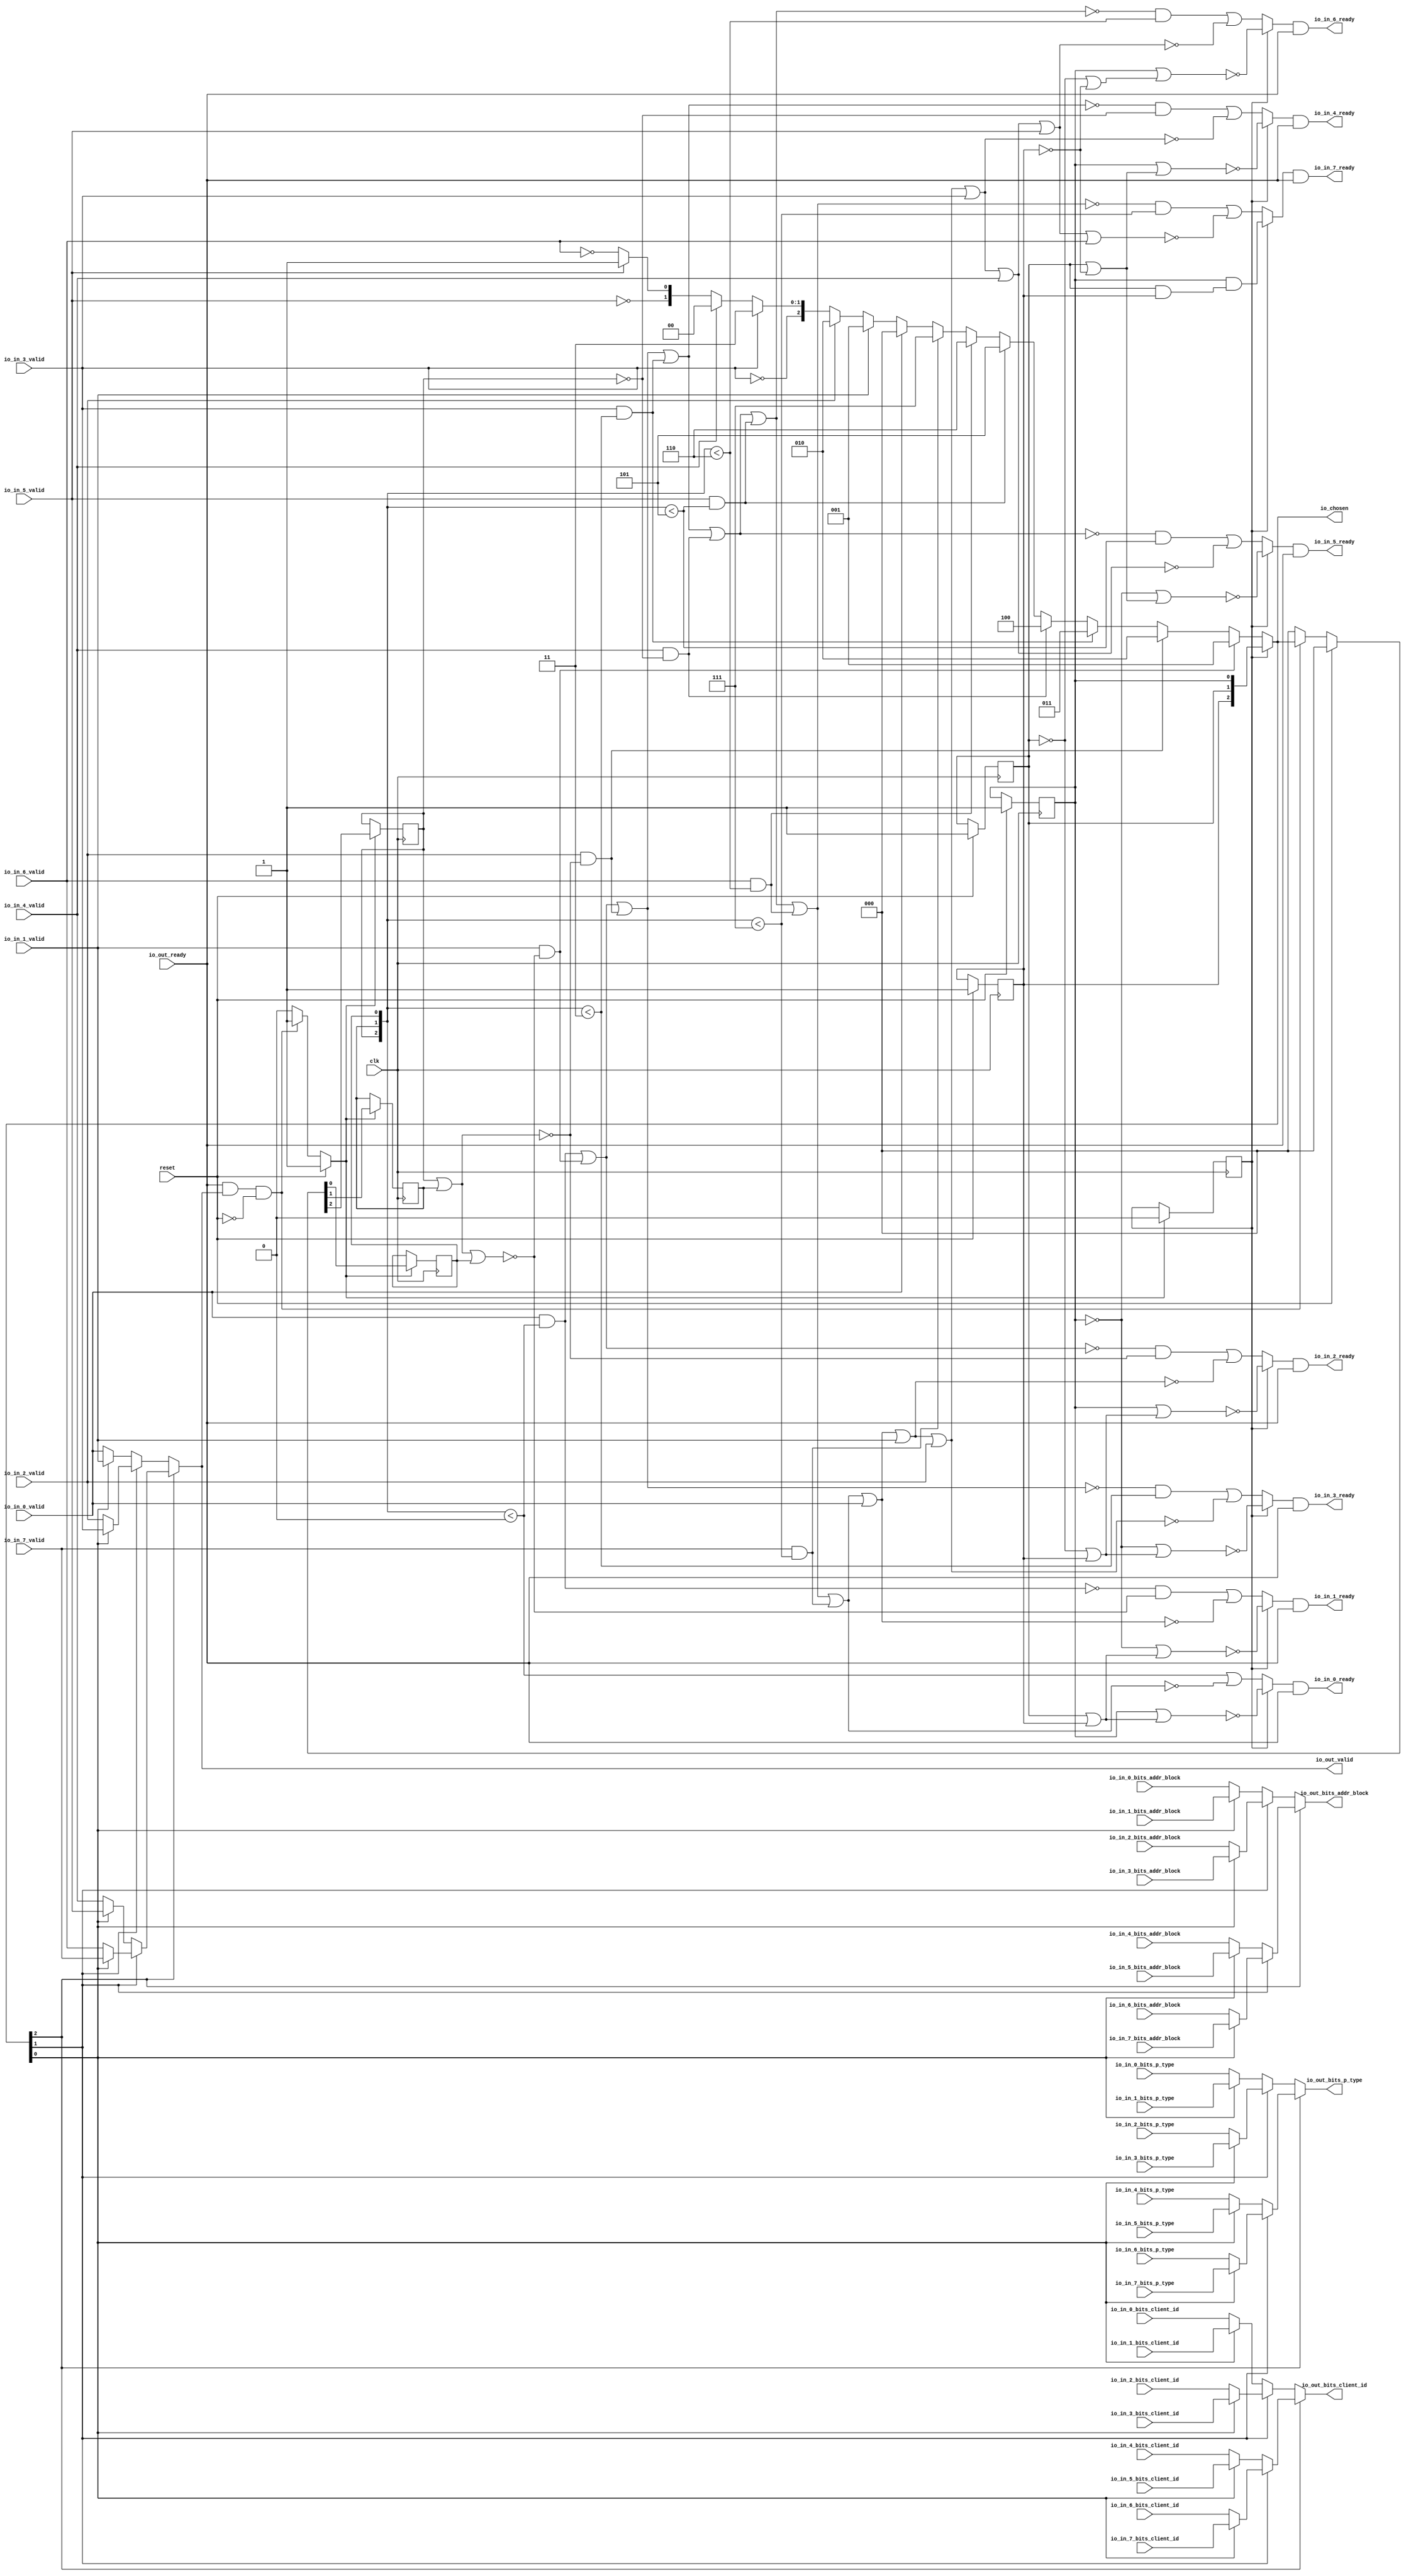
// This program was cloned from: https://github.com/NYU-MLDA/OpenABC
// License: BSD 3-Clause "New" or "Revised" License

module LockingRRArbiter_3
(
  clk,
  reset,
  io_in_7_ready,
  io_in_7_valid,
  io_in_7_bits_addr_block,
  io_in_7_bits_p_type,
  io_in_7_bits_client_id,
  io_in_6_ready,
  io_in_6_valid,
  io_in_6_bits_addr_block,
  io_in_6_bits_p_type,
  io_in_6_bits_client_id,
  io_in_5_ready,
  io_in_5_valid,
  io_in_5_bits_addr_block,
  io_in_5_bits_p_type,
  io_in_5_bits_client_id,
  io_in_4_ready,
  io_in_4_valid,
  io_in_4_bits_addr_block,
  io_in_4_bits_p_type,
  io_in_4_bits_client_id,
  io_in_3_ready,
  io_in_3_valid,
  io_in_3_bits_addr_block,
  io_in_3_bits_p_type,
  io_in_3_bits_client_id,
  io_in_2_ready,
  io_in_2_valid,
  io_in_2_bits_addr_block,
  io_in_2_bits_p_type,
  io_in_2_bits_client_id,
  io_in_1_ready,
  io_in_1_valid,
  io_in_1_bits_addr_block,
  io_in_1_bits_p_type,
  io_in_1_bits_client_id,
  io_in_0_ready,
  io_in_0_valid,
  io_in_0_bits_addr_block,
  io_in_0_bits_p_type,
  io_in_0_bits_client_id,
  io_out_ready,
  io_out_valid,
  io_out_bits_addr_block,
  io_out_bits_p_type,
  io_out_bits_client_id,
  io_chosen
);

  input [25:0] io_in_7_bits_addr_block;
  input [1:0] io_in_7_bits_p_type;
  input [1:0] io_in_7_bits_client_id;
  input [25:0] io_in_6_bits_addr_block;
  input [1:0] io_in_6_bits_p_type;
  input [1:0] io_in_6_bits_client_id;
  input [25:0] io_in_5_bits_addr_block;
  input [1:0] io_in_5_bits_p_type;
  input [1:0] io_in_5_bits_client_id;
  input [25:0] io_in_4_bits_addr_block;
  input [1:0] io_in_4_bits_p_type;
  input [1:0] io_in_4_bits_client_id;
  input [25:0] io_in_3_bits_addr_block;
  input [1:0] io_in_3_bits_p_type;
  input [1:0] io_in_3_bits_client_id;
  input [25:0] io_in_2_bits_addr_block;
  input [1:0] io_in_2_bits_p_type;
  input [1:0] io_in_2_bits_client_id;
  input [25:0] io_in_1_bits_addr_block;
  input [1:0] io_in_1_bits_p_type;
  input [1:0] io_in_1_bits_client_id;
  input [25:0] io_in_0_bits_addr_block;
  input [1:0] io_in_0_bits_p_type;
  input [1:0] io_in_0_bits_client_id;
  output [25:0] io_out_bits_addr_block;
  output [1:0] io_out_bits_p_type;
  output [1:0] io_out_bits_client_id;
  output [2:0] io_chosen;
  input clk;
  input reset;
  input io_in_7_valid;
  input io_in_6_valid;
  input io_in_5_valid;
  input io_in_4_valid;
  input io_in_3_valid;
  input io_in_2_valid;
  input io_in_1_valid;
  input io_in_0_valid;
  input io_out_ready;
  output io_in_7_ready;
  output io_in_6_ready;
  output io_in_5_ready;
  output io_in_4_ready;
  output io_in_3_ready;
  output io_in_2_ready;
  output io_in_1_ready;
  output io_in_0_ready;
  output io_out_valid;
  wire [25:0] io_out_bits_addr_block,T68,T62,T65,T63,T71,T69;
  wire [1:0] io_out_bits_p_type,io_out_bits_client_id,T11,T12,T40,T33,T37,T34,T43,T41,T54,
  T48,T51,T49,T57,T55;
  wire [2:0] io_chosen,choose,T1,T2,T3,T4,T5,T6,T7,T8,T9,T10;
  wire io_in_7_ready,io_in_6_ready,io_in_5_ready,io_in_4_ready,io_in_3_ready,
  io_in_2_ready,io_in_1_ready,io_in_0_ready,io_out_valid,N0,N1,N2,N3,N4,N5,N6,N7,N8,N9,N10,
  N11,N12,N13,N14,N15,N16,N17,N18,N19,N20,N21,N22,N23,N24,N25,N26,N27,N28,N29,N30,
  N31,N32,N33,N34,N35,T28,N36,T26,N37,T24,N38,T22,N39,T20,N40,T18,N41,T14,N42,N43,
  N44,N45,N46,N47,N48,N49,T15,T17,T19,T21,T23,T25,T27,T29,T31,N50,N51,N52,T82,T76,
  T79,T77,T85,T83,T90,T91,T116,T92,T93,T96,T94,T95,T99,T97,T98,T102,T100,T101,T105,
  T103,T104,T108,T106,T107,T111,T109,T110,T114,T112,T113,T115,T119,T120,T130,T121,
  T122,T123,T124,T125,T126,T127,T128,T129,T132,T131,T135,T136,T147,T137,T138,T139,
  T140,T141,T142,T143,T144,T145,T146,T149,T148,T150,T153,T154,T166,T155,T156,T157,
  T158,T159,T160,T161,T162,T163,T164,T165,T168,T167,T169,T170,T173,T174,T187,T175,
  T176,T177,T178,T179,T180,T181,T182,T183,T184,T185,T186,T189,T188,T190,T191,T192,
  T195,T196,T210,T197,T198,T199,T200,T201,T202,T203,T204,T205,T206,T207,T208,T209,
  T212,T211,T213,T214,T215,T216,T219,T220,T235,T221,T222,T223,T224,T225,T226,T227,
  T228,T229,T230,T231,T232,T233,T234,T237,T236,T238,T239,T240,T241,T242,T245,T246,
  T262,T247,T248,T249,T250,T251,T252,T253,T254,T255,T256,T257,T258,T259,T260,T261,
  T264,T263,T265,T266,T267,T268,T269,T270,N53,N54,N55,N56,N57,N58,N59,N60,N61,N62,
  N63,N64,N65,N66,N67,N68,N69,N70,N71,N72,N73,N74,N75,N76,N77,N78,N79,N80,N81,N82,
  N83,N84,N85,N86,N87,N88,N89,N90,N91,N92,N93,N94,N95,N96,N97,N98,N99;
  wire [0:0] T13;
  reg [2:0] last_grant,lockIdx;
  reg locked;
  assign T15 = last_grant < { 1'b1, 1'b1, 1'b1 };
  assign T19 = last_grant < { 1'b1, 1'b1, 1'b0 };
  assign T21 = last_grant < { 1'b1, 1'b0, 1'b1 };
  assign T25 = last_grant < { 1'b1, 1'b1 };
  assign T95 = last_grant < { 1'b1, 1'b1, 1'b1 };
  assign T98 = last_grant < { 1'b1, 1'b1, 1'b0 };
  assign T101 = last_grant < { 1'b1, 1'b0, 1'b1 };
  assign T107 = last_grant < { 1'b1, 1'b1 };
  assign T115 = last_grant < 1'b0;
  assign T116 = last_grant < 1'b0;
  assign T167 = last_grant < { 1'b1, 1'b1 };
  assign T211 = last_grant < { 1'b1, 1'b0, 1'b1 };
  assign T236 = last_grant < { 1'b1, 1'b1, 1'b0 };
  assign T263 = last_grant < { 1'b1, 1'b1, 1'b1 };

  always @(posedge clk) begin
    if(N55) begin
      last_grant[2] <= N58;
    end 
  end


  always @(posedge clk) begin
    if(N55) begin
      last_grant[1] <= N57;
    end 
  end


  always @(posedge clk) begin
    if(N55) begin
      last_grant[0] <= N56;
    end 
  end


  always @(posedge clk) begin
    if(reset) begin
      lockIdx[2] <= 1'b1;
    end 
  end


  always @(posedge clk) begin
    if(reset) begin
      lockIdx[1] <= 1'b1;
    end 
  end


  always @(posedge clk) begin
    if(reset) begin
      lockIdx[0] <= 1'b1;
    end 
  end


  always @(posedge clk) begin
    if(N61) begin
      locked <= 1'b0;
    end 
  end

  assign N65 = lockIdx[1] & lockIdx[2];
  assign N66 = lockIdx[0] & N65;
  assign N67 = ~lockIdx[2];
  assign N68 = ~lockIdx[1];
  assign N69 = N68 | N67;
  assign N70 = lockIdx[0] | N69;
  assign N71 = ~N70;
  assign N72 = ~lockIdx[0];
  assign N73 = lockIdx[1] | N67;
  assign N74 = N72 | N73;
  assign N75 = ~N74;
  assign N76 = lockIdx[1] | N67;
  assign N77 = lockIdx[0] | N76;
  assign N78 = ~N77;
  assign N79 = N68 | lockIdx[2];
  assign N80 = N72 | N79;
  assign N81 = ~N80;
  assign N82 = N68 | lockIdx[2];
  assign N83 = lockIdx[0] | N82;
  assign N84 = ~N83;
  assign N85 = lockIdx[1] | lockIdx[2];
  assign N86 = N72 | N85;
  assign N87 = ~N86;
  assign N88 = lockIdx[1] | lockIdx[2];
  assign N89 = lockIdx[0] | N88;
  assign N90 = ~N89;
  assign io_chosen = (N0)? lockIdx : 
                     (N1)? choose : 1'b0;
  assign N0 = locked;
  assign N1 = N35;
  assign choose = (N2)? { 1'b0, 1'b0, 1'b1 } : 
                  (N3)? T1 : 1'b0;
  assign N2 = T28;
  assign N3 = N36;
  assign T1 = (N4)? { 1'b0, 1'b1, 1'b0 } : 
              (N5)? T2 : 1'b0;
  assign N4 = T26;
  assign N5 = N37;
  assign T2 = (N6)? { 1'b0, 1'b1, 1'b1 } : 
              (N7)? T3 : 1'b0;
  assign N6 = T24;
  assign N7 = N38;
  assign T3 = (N8)? { 1'b1, 1'b0, 1'b0 } : 
              (N9)? T4 : 1'b0;
  assign N8 = T22;
  assign N9 = N39;
  assign T4 = (N10)? { 1'b1, 1'b0, 1'b1 } : 
              (N11)? T5 : 1'b0;
  assign N10 = T20;
  assign N11 = N40;
  assign T5 = (N12)? { 1'b1, 1'b1, 1'b0 } : 
              (N13)? T6 : 1'b0;
  assign N12 = T18;
  assign N13 = N41;
  assign T6 = (N14)? { 1'b1, 1'b1, 1'b1 } : 
              (N15)? T7 : 1'b0;
  assign N14 = T14;
  assign N15 = N42;
  assign T7 = (N16)? { 1'b0, 1'b0, 1'b0 } : 
              (N17)? T8 : 1'b0;
  assign N16 = io_in_0_valid;
  assign N17 = N43;
  assign T8 = (N18)? { 1'b0, 1'b0, 1'b1 } : 
              (N19)? T9 : 1'b0;
  assign N18 = io_in_1_valid;
  assign N19 = N44;
  assign T9 = (N20)? { 1'b0, 1'b1, 1'b0 } : 
              (N21)? T10 : 1'b0;
  assign N20 = io_in_2_valid;
  assign N21 = N45;
  assign T10[1:0] = (N22)? { 1'b1, 1'b1 } : 
                    (N23)? T11 : 1'b0;
  assign N22 = io_in_3_valid;
  assign N23 = T10[2];
  assign T11 = (N24)? { 1'b0, 1'b0 } : 
               (N25)? T12 : 1'b0;
  assign N24 = io_in_4_valid;
  assign N25 = N47;
  assign T12[0] = (N26)? 1'b1 : 
                  (N27)? T13[0] : 1'b0;
  assign N26 = io_in_5_valid;
  assign N27 = T12[1];
  assign io_out_bits_client_id = (N28)? T40 : 
                                 (N29)? T33 : 1'b0;
  assign N28 = io_chosen[2];
  assign N29 = N50;
  assign T33 = (N30)? T37 : 
               (N31)? T34 : 1'b0;
  assign N30 = io_chosen[1];
  assign N31 = N51;
  assign T34 = (N32)? io_in_1_bits_client_id : 
               (N33)? io_in_0_bits_client_id : 1'b0;
  assign N32 = io_chosen[0];
  assign N33 = N52;
  assign T37 = (N32)? io_in_3_bits_client_id : 
               (N33)? io_in_2_bits_client_id : 1'b0;
  assign T40 = (N30)? T43 : 
               (N31)? T41 : 1'b0;
  assign T41 = (N32)? io_in_5_bits_client_id : 
               (N33)? io_in_4_bits_client_id : 1'b0;
  assign T43 = (N32)? io_in_7_bits_client_id : 
               (N33)? io_in_6_bits_client_id : 1'b0;
  assign io_out_bits_p_type = (N28)? T54 : 
                              (N29)? T48 : 1'b0;
  assign T48 = (N30)? T51 : 
               (N31)? T49 : 1'b0;
  assign T49 = (N32)? io_in_1_bits_p_type : 
               (N33)? io_in_0_bits_p_type : 1'b0;
  assign T51 = (N32)? io_in_3_bits_p_type : 
               (N33)? io_in_2_bits_p_type : 1'b0;
  assign T54 = (N30)? T57 : 
               (N31)? T55 : 1'b0;
  assign T55 = (N32)? io_in_5_bits_p_type : 
               (N33)? io_in_4_bits_p_type : 1'b0;
  assign T57 = (N32)? io_in_7_bits_p_type : 
               (N33)? io_in_6_bits_p_type : 1'b0;
  assign io_out_bits_addr_block = (N28)? T68 : 
                                  (N29)? T62 : 1'b0;
  assign T62 = (N30)? T65 : 
               (N31)? T63 : 1'b0;
  assign T63 = (N32)? io_in_1_bits_addr_block : 
               (N33)? io_in_0_bits_addr_block : 1'b0;
  assign T65 = (N32)? io_in_3_bits_addr_block : 
               (N33)? io_in_2_bits_addr_block : 1'b0;
  assign T68 = (N30)? T71 : 
               (N31)? T69 : 1'b0;
  assign T69 = (N32)? io_in_5_bits_addr_block : 
               (N33)? io_in_4_bits_addr_block : 1'b0;
  assign T71 = (N32)? io_in_7_bits_addr_block : 
               (N33)? io_in_6_bits_addr_block : 1'b0;
  assign io_out_valid = (N28)? T82 : 
                        (N29)? T76 : 1'b0;
  assign T76 = (N30)? T79 : 
               (N31)? T77 : 1'b0;
  assign T77 = (N32)? io_in_1_valid : 
               (N33)? io_in_0_valid : 1'b0;
  assign T79 = (N32)? io_in_3_valid : 
               (N33)? io_in_2_valid : 1'b0;
  assign T82 = (N30)? T85 : 
               (N31)? T83 : 1'b0;
  assign T83 = (N32)? io_in_5_valid : 
               (N33)? io_in_4_valid : 1'b0;
  assign T85 = (N32)? io_in_7_valid : 
               (N33)? io_in_6_valid : 1'b0;
  assign T90 = (N0)? N90 : 
               (N1)? T91 : 1'b0;
  assign T119 = (N0)? N87 : 
                (N1)? T120 : 1'b0;
  assign T135 = (N0)? N84 : 
                (N1)? T136 : 1'b0;
  assign T153 = (N0)? N81 : 
                (N1)? T154 : 1'b0;
  assign T173 = (N0)? N78 : 
                (N1)? T174 : 1'b0;
  assign T195 = (N0)? N75 : 
                (N1)? T196 : 1'b0;
  assign T219 = (N0)? N71 : 
                (N1)? T220 : 1'b0;
  assign T245 = (N0)? N66 : 
                (N1)? T246 : 1'b0;
  assign N55 = (N34)? 1'b1 : 
               (N63)? 1'b1 : 
               (N54)? 1'b0 : 1'b0;
  assign N34 = reset;
  assign { N58, N57, N56 } = (N34)? { 1'b0, 1'b0, 1'b0 } : 
                             (N63)? io_chosen : 1'b0;
  assign N61 = (N34)? 1'b1 : 
               (N64)? 1'b1 : 
               (N60)? 1'b0 : 1'b0;
  assign N35 = ~locked;
  assign N36 = ~T28;
  assign N37 = ~T26;
  assign N38 = ~T24;
  assign N39 = ~T22;
  assign N40 = ~T20;
  assign N41 = ~T18;
  assign N42 = ~T14;
  assign N43 = ~io_in_0_valid;
  assign N44 = ~io_in_1_valid;
  assign N45 = ~io_in_2_valid;
  assign N46 = ~io_in_3_valid;
  assign T10[2] = N46;
  assign N47 = ~io_in_4_valid;
  assign N48 = ~io_in_5_valid;
  assign T12[1] = N48;
  assign N49 = ~io_in_6_valid;
  assign T13[0] = N49;
  assign T14 = io_in_7_valid & T15;
  assign T17 = io_out_ready & io_out_valid;
  assign T18 = io_in_6_valid & T19;
  assign T20 = io_in_5_valid & T21;
  assign T22 = io_in_4_valid & T23;
  assign T23 = ~last_grant[2];
  assign T24 = io_in_3_valid & T25;
  assign T26 = io_in_2_valid & T27;
  assign T27 = ~N91;
  assign N91 = last_grant[2] | last_grant[1];
  assign T28 = io_in_1_valid & T29;
  assign T29 = ~N93;
  assign N93 = N92 | last_grant[0];
  assign N92 = last_grant[2] | last_grant[1];
  assign T31 = io_out_valid & io_out_ready;
  assign N50 = ~io_chosen[2];
  assign N51 = ~io_chosen[1];
  assign N52 = ~io_chosen[0];
  assign io_in_0_ready = T90 & io_out_ready;
  assign T91 = T116 | T92;
  assign T92 = ~T93;
  assign T93 = T96 | T94;
  assign T94 = io_in_7_valid & T95;
  assign T96 = T99 | T97;
  assign T97 = io_in_6_valid & T98;
  assign T99 = T102 | T100;
  assign T100 = io_in_5_valid & T101;
  assign T102 = T105 | T103;
  assign T103 = io_in_4_valid & T104;
  assign T104 = ~last_grant[2];
  assign T105 = T108 | T106;
  assign T106 = io_in_3_valid & T107;
  assign T108 = T111 | T109;
  assign T109 = io_in_2_valid & T110;
  assign T110 = ~N94;
  assign N94 = last_grant[2] | last_grant[1];
  assign T111 = T114 | T112;
  assign T112 = io_in_1_valid & T113;
  assign T113 = ~N96;
  assign N96 = N95 | last_grant[0];
  assign N95 = last_grant[2] | last_grant[1];
  assign T114 = io_in_0_valid & T115;
  assign io_in_1_ready = T119 & io_out_ready;
  assign T120 = T130 | T121;
  assign T121 = ~T122;
  assign T122 = T123 | io_in_0_valid;
  assign T123 = T124 | T94;
  assign T124 = T125 | T97;
  assign T125 = T126 | T100;
  assign T126 = T127 | T103;
  assign T127 = T128 | T106;
  assign T128 = T129 | T109;
  assign T129 = T114 | T112;
  assign T130 = T132 & T131;
  assign T131 = ~N98;
  assign N98 = N97 | last_grant[0];
  assign N97 = last_grant[2] | last_grant[1];
  assign T132 = ~T114;
  assign io_in_2_ready = T135 & io_out_ready;
  assign T136 = T147 | T137;
  assign T137 = ~T138;
  assign T138 = T139 | io_in_1_valid;
  assign T139 = T140 | io_in_0_valid;
  assign T140 = T141 | T94;
  assign T141 = T142 | T97;
  assign T142 = T143 | T100;
  assign T143 = T144 | T103;
  assign T144 = T145 | T106;
  assign T145 = T146 | T109;
  assign T146 = T114 | T112;
  assign T147 = T149 & T148;
  assign T148 = ~N99;
  assign N99 = last_grant[2] | last_grant[1];
  assign T149 = ~T150;
  assign T150 = T114 | T112;
  assign io_in_3_ready = T153 & io_out_ready;
  assign T154 = T166 | T155;
  assign T155 = ~T156;
  assign T156 = T157 | io_in_2_valid;
  assign T157 = T158 | io_in_1_valid;
  assign T158 = T159 | io_in_0_valid;
  assign T159 = T160 | T94;
  assign T160 = T161 | T97;
  assign T161 = T162 | T100;
  assign T162 = T163 | T103;
  assign T163 = T164 | T106;
  assign T164 = T165 | T109;
  assign T165 = T114 | T112;
  assign T166 = T168 & T167;
  assign T168 = ~T169;
  assign T169 = T170 | T109;
  assign T170 = T114 | T112;
  assign io_in_4_ready = T173 & io_out_ready;
  assign T174 = T187 | T175;
  assign T175 = ~T176;
  assign T176 = T177 | io_in_3_valid;
  assign T177 = T178 | io_in_2_valid;
  assign T178 = T179 | io_in_1_valid;
  assign T179 = T180 | io_in_0_valid;
  assign T180 = T181 | T94;
  assign T181 = T182 | T97;
  assign T182 = T183 | T100;
  assign T183 = T184 | T103;
  assign T184 = T185 | T106;
  assign T185 = T186 | T109;
  assign T186 = T114 | T112;
  assign T187 = T189 & T188;
  assign T188 = ~last_grant[2];
  assign T189 = ~T190;
  assign T190 = T191 | T106;
  assign T191 = T192 | T109;
  assign T192 = T114 | T112;
  assign io_in_5_ready = T195 & io_out_ready;
  assign T196 = T210 | T197;
  assign T197 = ~T198;
  assign T198 = T199 | io_in_4_valid;
  assign T199 = T200 | io_in_3_valid;
  assign T200 = T201 | io_in_2_valid;
  assign T201 = T202 | io_in_1_valid;
  assign T202 = T203 | io_in_0_valid;
  assign T203 = T204 | T94;
  assign T204 = T205 | T97;
  assign T205 = T206 | T100;
  assign T206 = T207 | T103;
  assign T207 = T208 | T106;
  assign T208 = T209 | T109;
  assign T209 = T114 | T112;
  assign T210 = T212 & T211;
  assign T212 = ~T213;
  assign T213 = T214 | T103;
  assign T214 = T215 | T106;
  assign T215 = T216 | T109;
  assign T216 = T114 | T112;
  assign io_in_6_ready = T219 & io_out_ready;
  assign T220 = T235 | T221;
  assign T221 = ~T222;
  assign T222 = T223 | io_in_5_valid;
  assign T223 = T224 | io_in_4_valid;
  assign T224 = T225 | io_in_3_valid;
  assign T225 = T226 | io_in_2_valid;
  assign T226 = T227 | io_in_1_valid;
  assign T227 = T228 | io_in_0_valid;
  assign T228 = T229 | T94;
  assign T229 = T230 | T97;
  assign T230 = T231 | T100;
  assign T231 = T232 | T103;
  assign T232 = T233 | T106;
  assign T233 = T234 | T109;
  assign T234 = T114 | T112;
  assign T235 = T237 & T236;
  assign T237 = ~T238;
  assign T238 = T239 | T100;
  assign T239 = T240 | T103;
  assign T240 = T241 | T106;
  assign T241 = T242 | T109;
  assign T242 = T114 | T112;
  assign io_in_7_ready = T245 & io_out_ready;
  assign T246 = T262 | T247;
  assign T247 = ~T248;
  assign T248 = T249 | io_in_6_valid;
  assign T249 = T250 | io_in_5_valid;
  assign T250 = T251 | io_in_4_valid;
  assign T251 = T252 | io_in_3_valid;
  assign T252 = T253 | io_in_2_valid;
  assign T253 = T254 | io_in_1_valid;
  assign T254 = T255 | io_in_0_valid;
  assign T255 = T256 | T94;
  assign T256 = T257 | T97;
  assign T257 = T258 | T100;
  assign T258 = T259 | T103;
  assign T259 = T260 | T106;
  assign T260 = T261 | T109;
  assign T261 = T114 | T112;
  assign T262 = T264 & T263;
  assign T264 = ~T265;
  assign T265 = T266 | T97;
  assign T266 = T267 | T100;
  assign T267 = T268 | T103;
  assign T268 = T269 | T106;
  assign T269 = T270 | T109;
  assign T270 = T114 | T112;
  assign N53 = T17 | reset;
  assign N54 = ~N53;
  assign N59 = T31 | reset;
  assign N60 = ~N59;
  assign N62 = ~reset;
  assign N63 = T17 & N62;
  assign N64 = T31 & N62;

endmodule